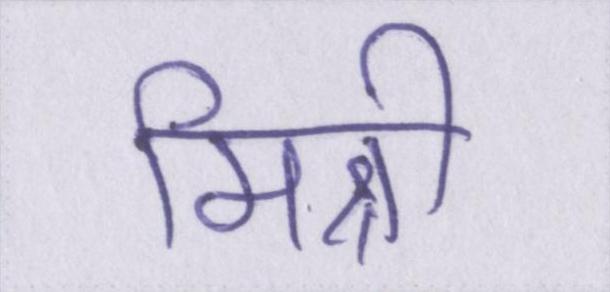
मिश्री